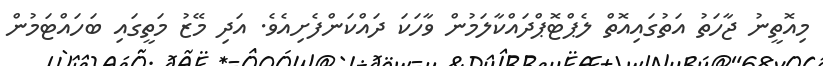
މިއޮތީނު ޖާހަތު އަތުގައިއޮތް ލެޕްޓޮޕްދައްކާލަމުން ވާހަކަ ދައްކަންފެށިއެވެ. އަދި މޭޒު މަތީގައި ބަހައްޓަމުން